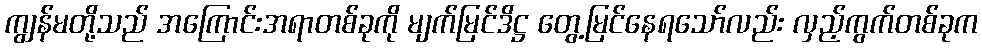
ကျွန်မတို့သည် အကြောင်းအရာတစ်ခုကို မျက်မြင်ဒိဋ္ဌ တွေ့မြင်နေရသော်လည်း လှည့်ကွက်တစ်ခုက